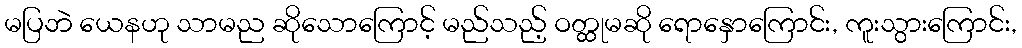
မပြဘဲ ယေနဟု သာမည ဆိုသောကြောင့် မည်သည့် ဝတ္ထုမဆို ရောနှောကြောင်း, ကူးသွားကြောင်း,